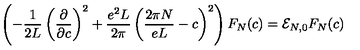
\left( - \frac { 1 } { 2 L } \left( \frac { \partial } { \partial c } \right) ^ { 2 } + \frac { e ^ { 2 } L } { 2 \pi } \left( \frac { 2 \pi N } { e L } - c \right) ^ { 2 } \right) F _ { N } ( c ) = { \cal E } _ { N , 0 } F _ { N } ( c )